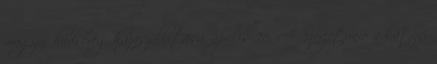
magyar hadsereg hazaszállítása. április 26. A Szovjetunió a katyni